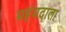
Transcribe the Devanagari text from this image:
महंमदाला